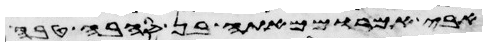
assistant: זאת ארור אתה מכל הבהמה